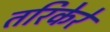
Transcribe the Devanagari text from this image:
तरिकेरे